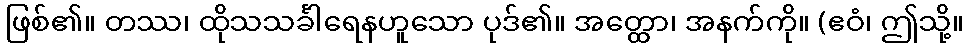
ဖြစ်၏။ တဿ၊ ထိုသသင်္ခါရေနဟူသော ပုဒ်၏။ အတ္ထော၊ အနက်ကို။ (ဧဝံ၊ ဤသို့။